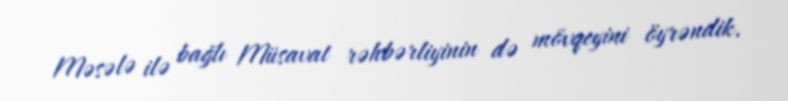
Məsələ ilə bağlı Müsavat rəhbərliyinin də mövqeyini öyrəndik.